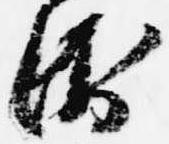
衛